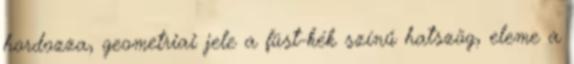
hordozza, geometriai jele a füst-kék színű hatszög, eleme a